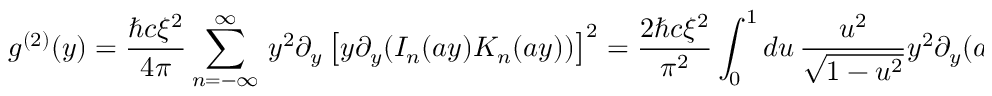
g ^ { ( 2 ) } ( y ) = \frac { \hbar c \xi ^ { 2 } } { 4 \pi } \sum _ { n = - \infty } ^ { \infty } \, y ^ { 2 } \partial _ { y } \left[ y { { \partial } _ { y } } ( I _ { n } ( a y ) K _ { n } ( a y ) ) \right] ^ { 2 } = \frac { 2 \hbar c \xi ^ { 2 } } { \pi ^ { 2 } } \int _ { 0 } ^ { 1 } d u \, \frac { u ^ { 2 } } { \sqrt { 1 - u ^ { 2 } } } y ^ { 2 } { { \partial } _ { y } } ( a y K _ { 1 } ( 2 a y u ) ) ^ { 2 } ,